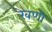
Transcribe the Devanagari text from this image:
रेवणी